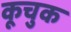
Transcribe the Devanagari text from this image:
कूचुक